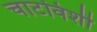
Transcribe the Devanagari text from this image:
चाटविशी